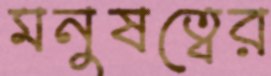
মনুষত্বের